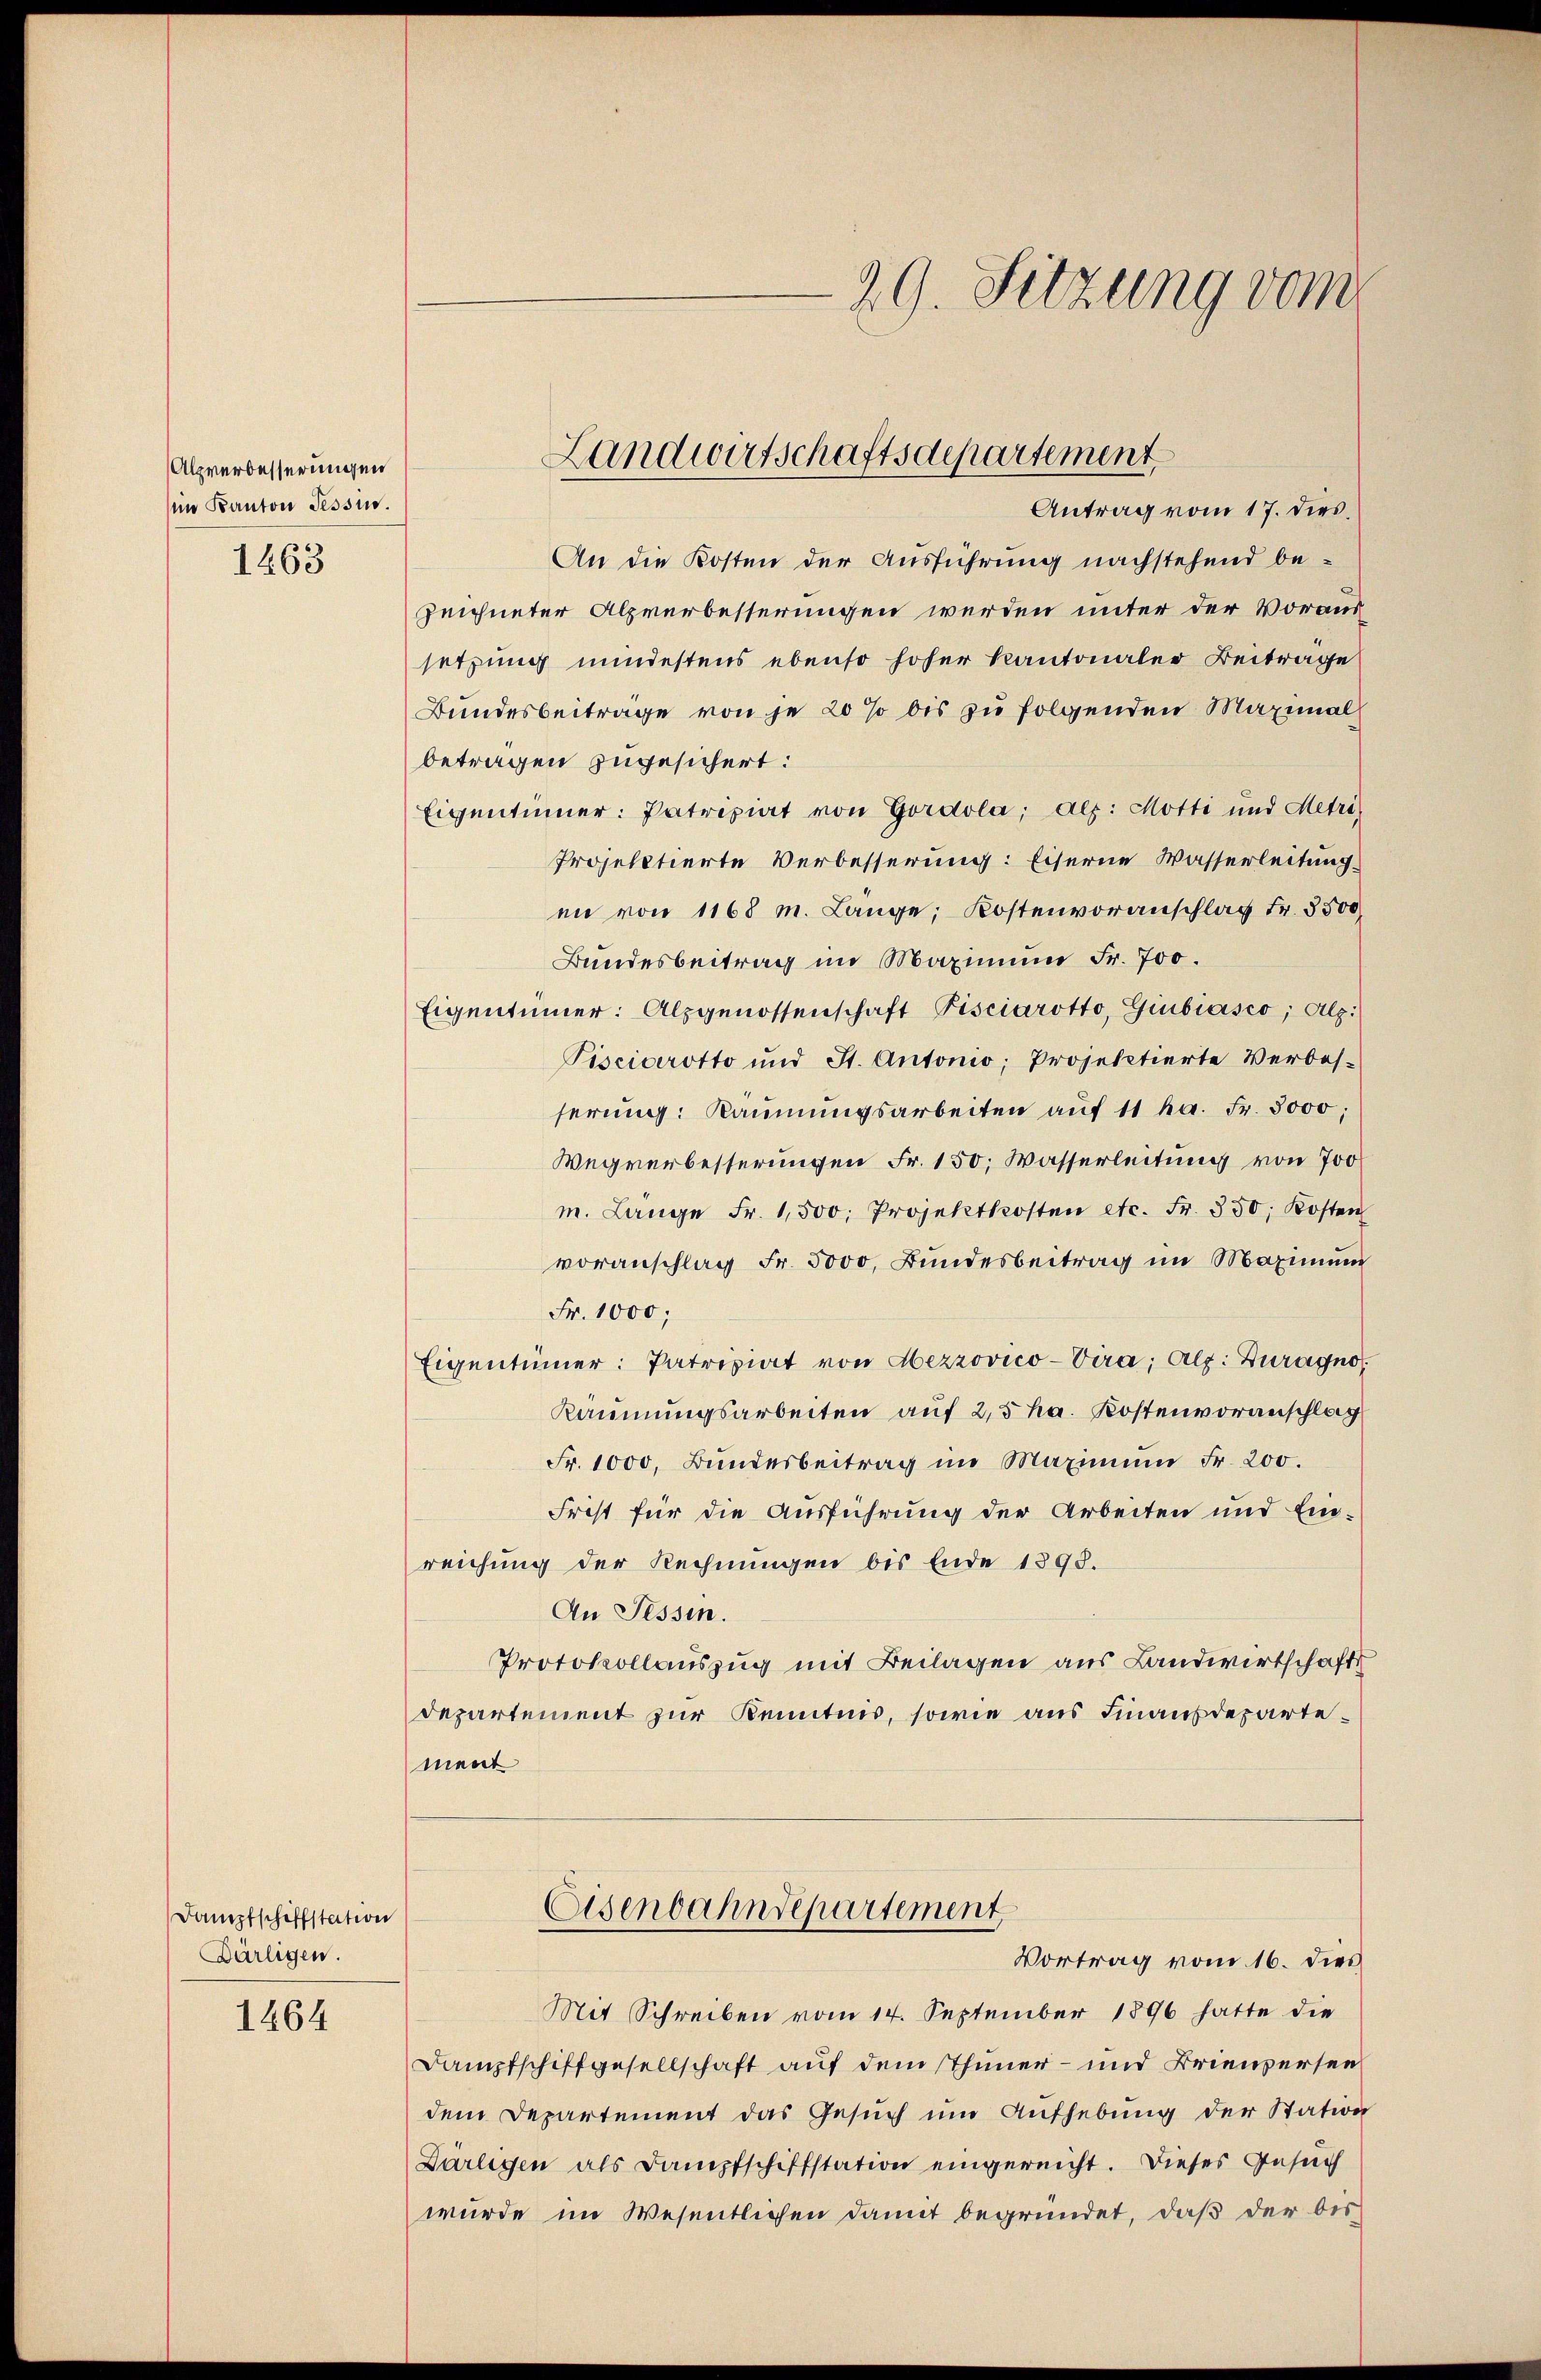
Alpverbesserungen
im Kanton Tessus.
1463

Dampfschiffstation
Bärligen.

1464

An die Kosten der Ausführung nachstehend be-
zeichneter Alpverbesserungen werden unter der Voraus
setzung mindestens ebenso hoher Kantonaler Beitrage
Bundesbeitrage von je 20 % bis zu folgenden Maximal
betragen zugesichert:
Eigentümer: Patriziat von Gordola; Alp: Motti und Metri
Projektierte Verbesserung: Eiserne Wasserleitung.
en von 1168 m. Lange; Kostenvoranschlag Fr. 3500
Bundesbeitrag im Maximum Fr. 700.
Eigentümer: Alpgenossenschaft Pisciarotto, Giubiasco, Alpi
Pisciarotto und St. Antonio; Projektierte Verbes-
serung: Räumungsarbeiten auf 11 ha. Fr. 3000;
Wegverbesserungen Fr. 150, Wasserleitung von 700
m. Lange Fr. 1,500. Projektkosten etc. Fr. 350, Kosten
voranschlag Fr. 5000, Bundesbeitrag im Maximum
Fr. 1000;
Eigentümer: Patriziat von Mezrovico-Vira, als: Zuragno
Käumungsarbeiten auf 2,5 ha. Kostenvoranschlag
Fr. 1000, Bundesbeitrag im Maximum Fr. 200.
Frist für die Ausführung der Arbeiten und Einreichung der Rechnungen bis Ende 1398.
An Tessin.
Protokollauszug mit Beilagen aus Landwirtschafts
departement zur Kenntnis, sowie aus Finanzdepartement
Eisenbahndepartement
Vortrag vom 16. dies
Mit Schreiben vom 14. September 1896 hatte die
Dampfschiffgesellschaft auf dem Thuner- und Brienversen
dem Departement das Gesuch um Aufhebung der Station
Därligen als Dampfschiffstation eingereicht. Dieses Gesuch
wurde im Wesentlichen damit begründet, daß der bes

29. Sitzung vom

Landwirtschaftsdepartement
Antrag vom 17. dies